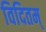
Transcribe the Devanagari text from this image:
विदितम्